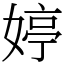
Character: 婷